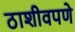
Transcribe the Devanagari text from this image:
ठाशीवपणे